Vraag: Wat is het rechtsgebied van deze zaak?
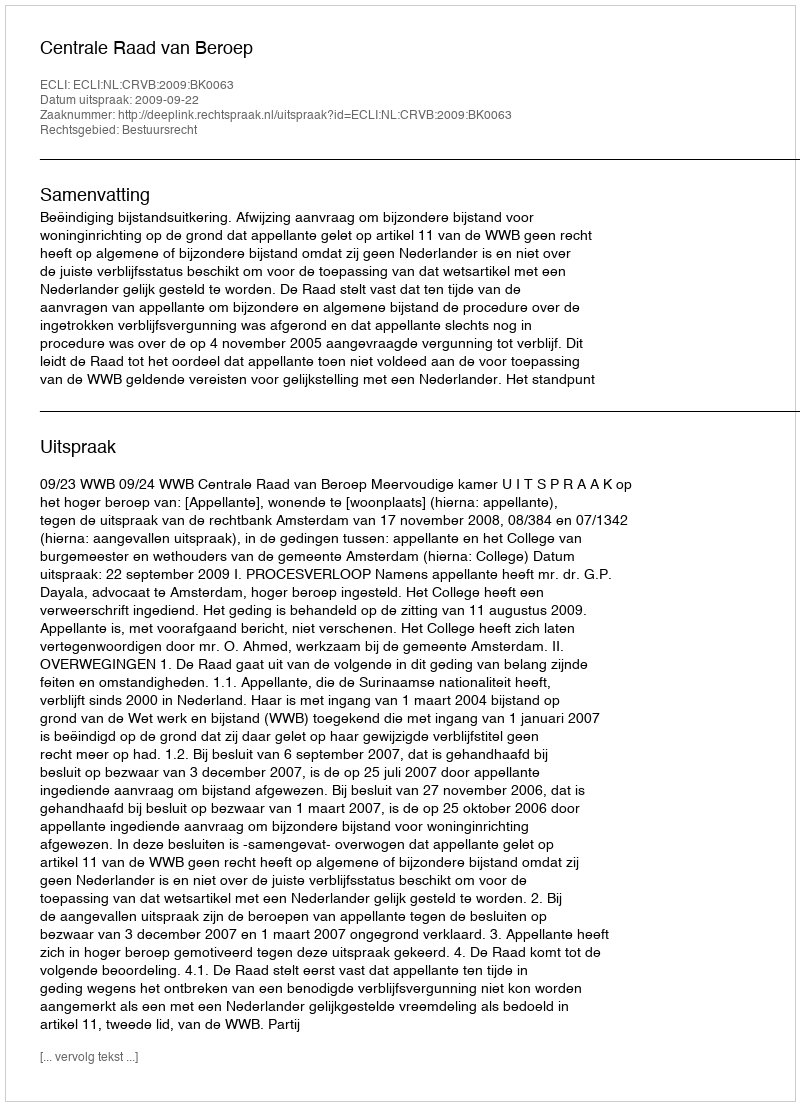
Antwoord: Bestuursrecht